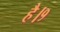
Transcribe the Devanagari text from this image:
है।१